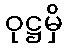
ဝုဋ္ဌမှိ